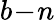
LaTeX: b\! -\! n